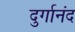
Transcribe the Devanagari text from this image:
दुर्गानंद